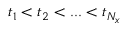
t _ { 1 } < t _ { 2 } < . . . < t _ { N _ { x } }